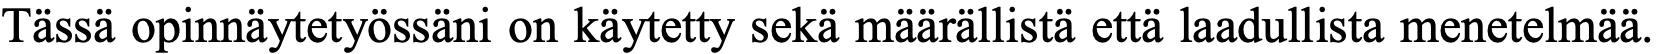
Tässä opinnäytetyössäni on käytetty sekä määrällistä että laadullista menetelmää.